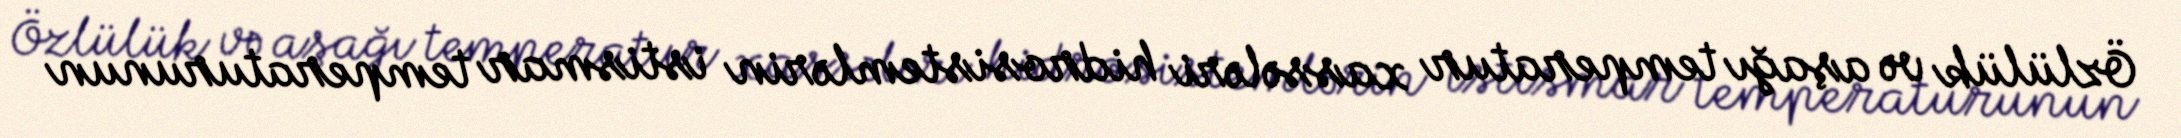
Özlülük və aşağı temperatur xassələri hidrosistemlərin istismar temperaturunun